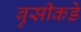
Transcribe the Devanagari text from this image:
बुसीकडे